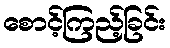
စောင့်ကြည့်ခြင်း